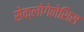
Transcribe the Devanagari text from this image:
सेक्लोगेनेसिस